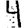
Digit: 4